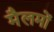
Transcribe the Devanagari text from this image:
मैलमों